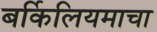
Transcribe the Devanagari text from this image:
बर्किलियमाचा